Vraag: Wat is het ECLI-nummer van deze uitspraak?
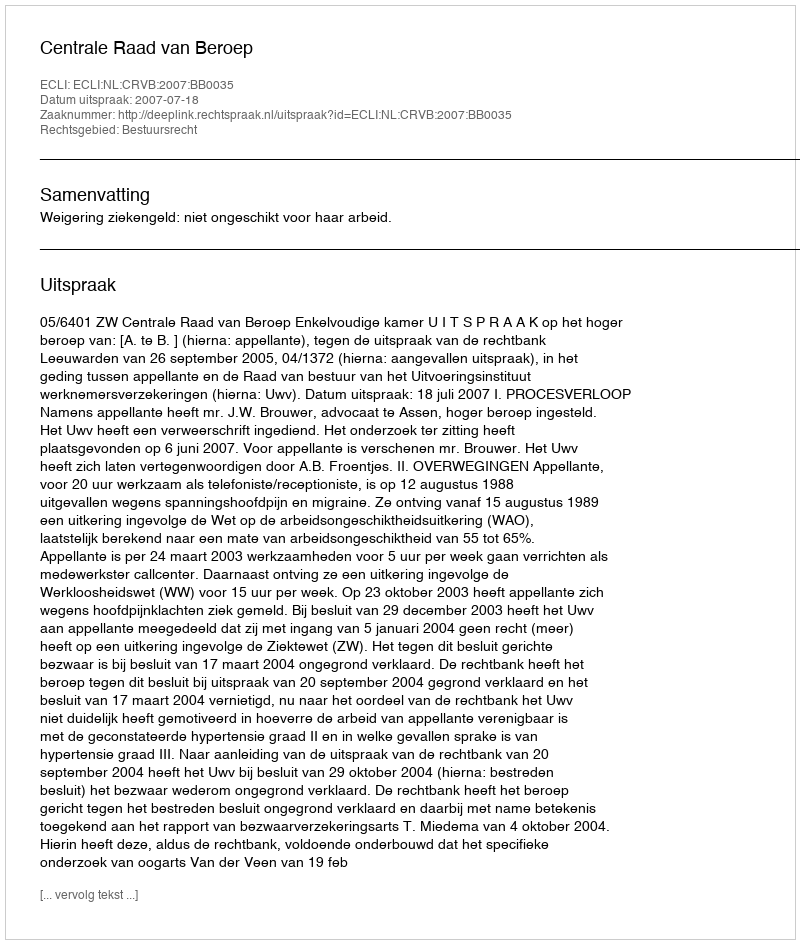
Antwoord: ECLI:NL:CRVB:2007:BB0035